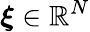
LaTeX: \boldsymbol{\xi}\in\mathbb{R}^{N}